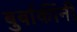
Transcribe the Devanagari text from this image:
बुर्बाकींनी